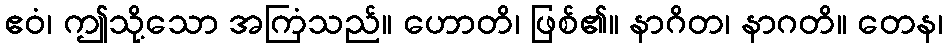
ဧဝံ၊ ဤသို့သော အကြံသည်။ ဟောတိ၊ ဖြစ်၏။ နာဂိတ၊ နာဂတိ။ တေန၊